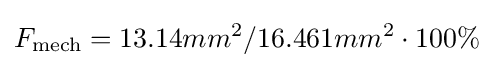
F_{\text{mech}}=13.14mm^{2}/16.461mm^{2}\cdot 100\%